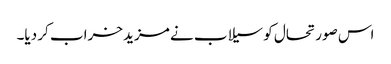
اس صورتحال کو سیلاب نے مزید خراب کر دیا۔